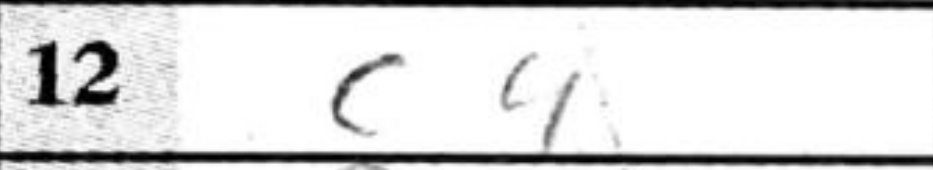
Transcription: c4